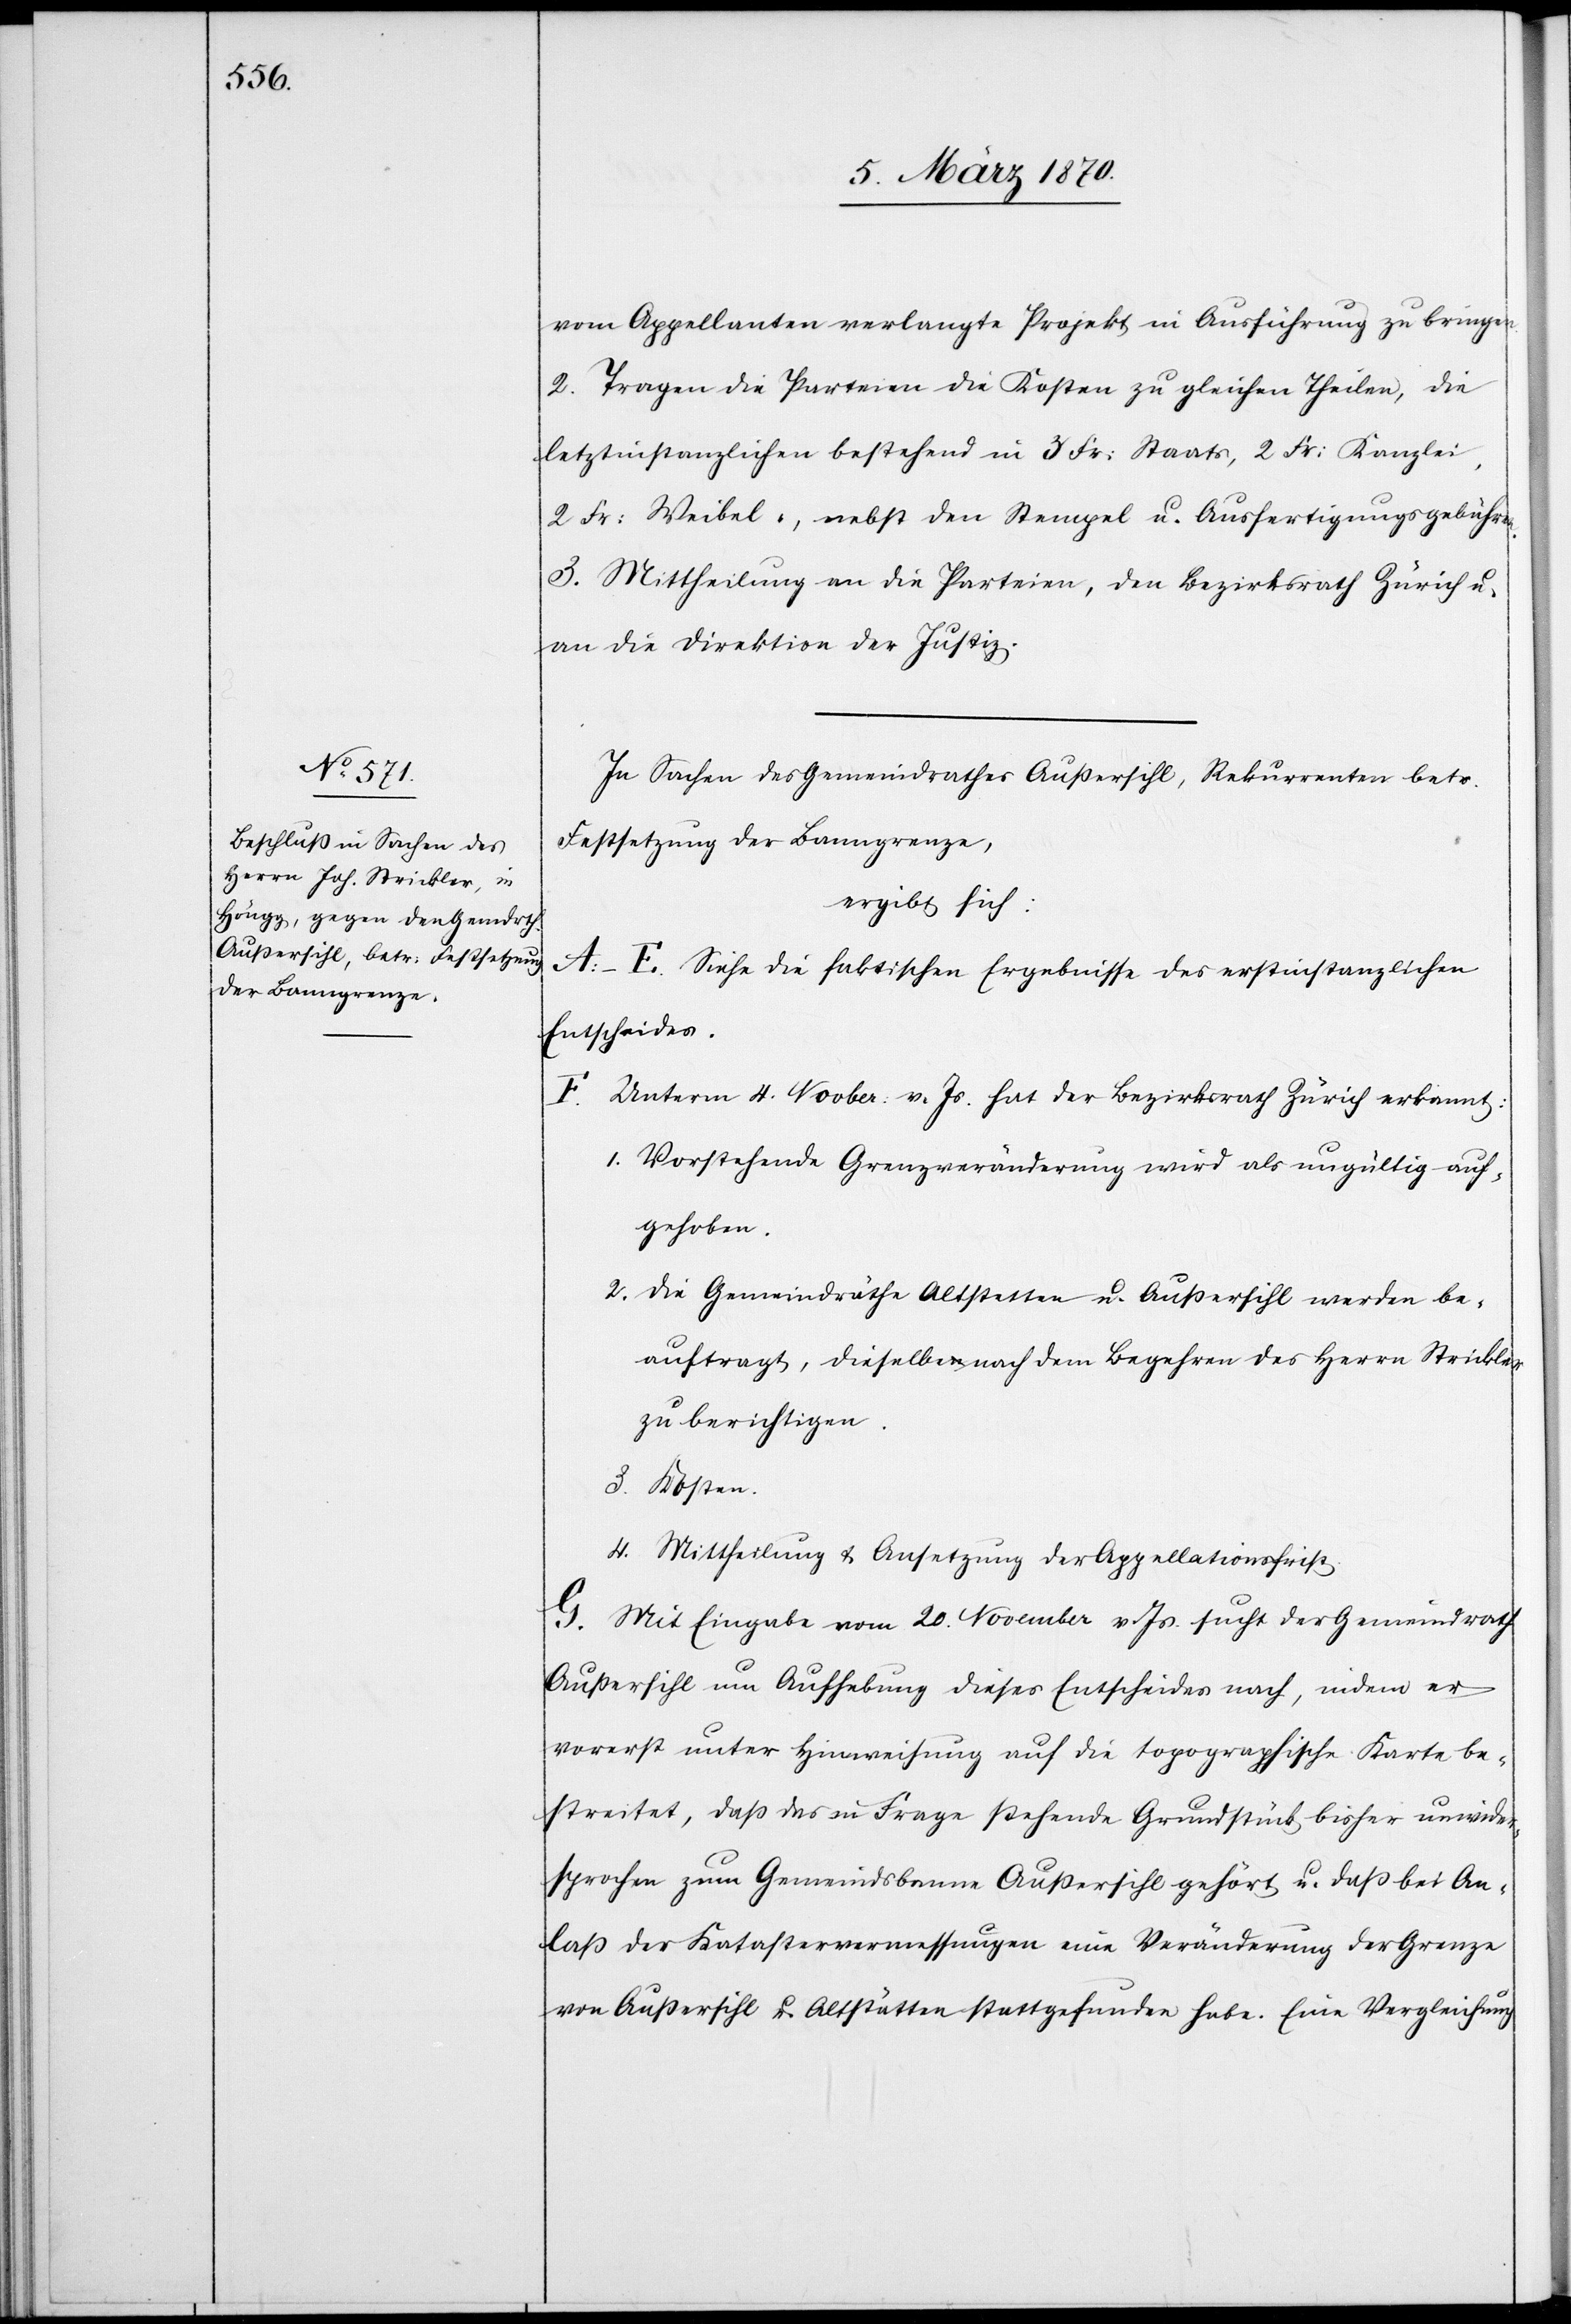
vom Appellanten verlangte Projekt in Ausführung zu bringen.
2. Tragen die Parteien die Kosten zu gleichen Theilen, die
letztinstanzlichen bestehend in 3 Fr: Staats[-], 2 Fr: Kanzlei[-],
2 Fr: Weibel-, nebst den Stempel[-] u. Ausfertigungsgebühren.
3. Mittheilung an die Parteien, den Bezirksrath Zürich u.
an die Direktion der Justiz.
In Sachen des Gemeindrathes Außersihl, Rekurrenten betr.
Festsetzung der Banngrenze,
ergibt sich:
A.–E. Siehe die faktischen Ergebnisse des erstinstanzlichen
Entscheides.
F.
Unterm 4. Novber: v. Js. hat der Bezirksrath Zürich erkennt:
1.
Vorstehende Grenzveränderung wird als ungültig auf¬
gehoben.
2. Die Gemeindräthe Altstetten u. Außersihl werden be¬
auftragt, dieselbe nach dem Begehren des Herrn Strickler
zu berichtigen.
3. Kosten.
4. Mittheilung & Ansetzung der Appellationsfrist.
G. Mit Eingabe vom 20. November v. Js. sucht der Gemeindrath
Außersihl um Aufhebung dieses Entscheides nach, indem er
vorerst unter Hinweisung auf die topographische Karte be¬
streitet, daß das in Frage stehende Grundstück bisher unwider¬
sprochen zum Gemeindsbanne Außersihl gehört u. daß bei An¬
laß der Katastervermessungen eine Veränderung der Grenze
von Außersihl u. Altstätten stattgefunden habe. Eine Vergleichung